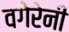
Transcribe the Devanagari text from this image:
वगेरेनी